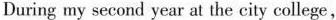
During my second year at the city college,